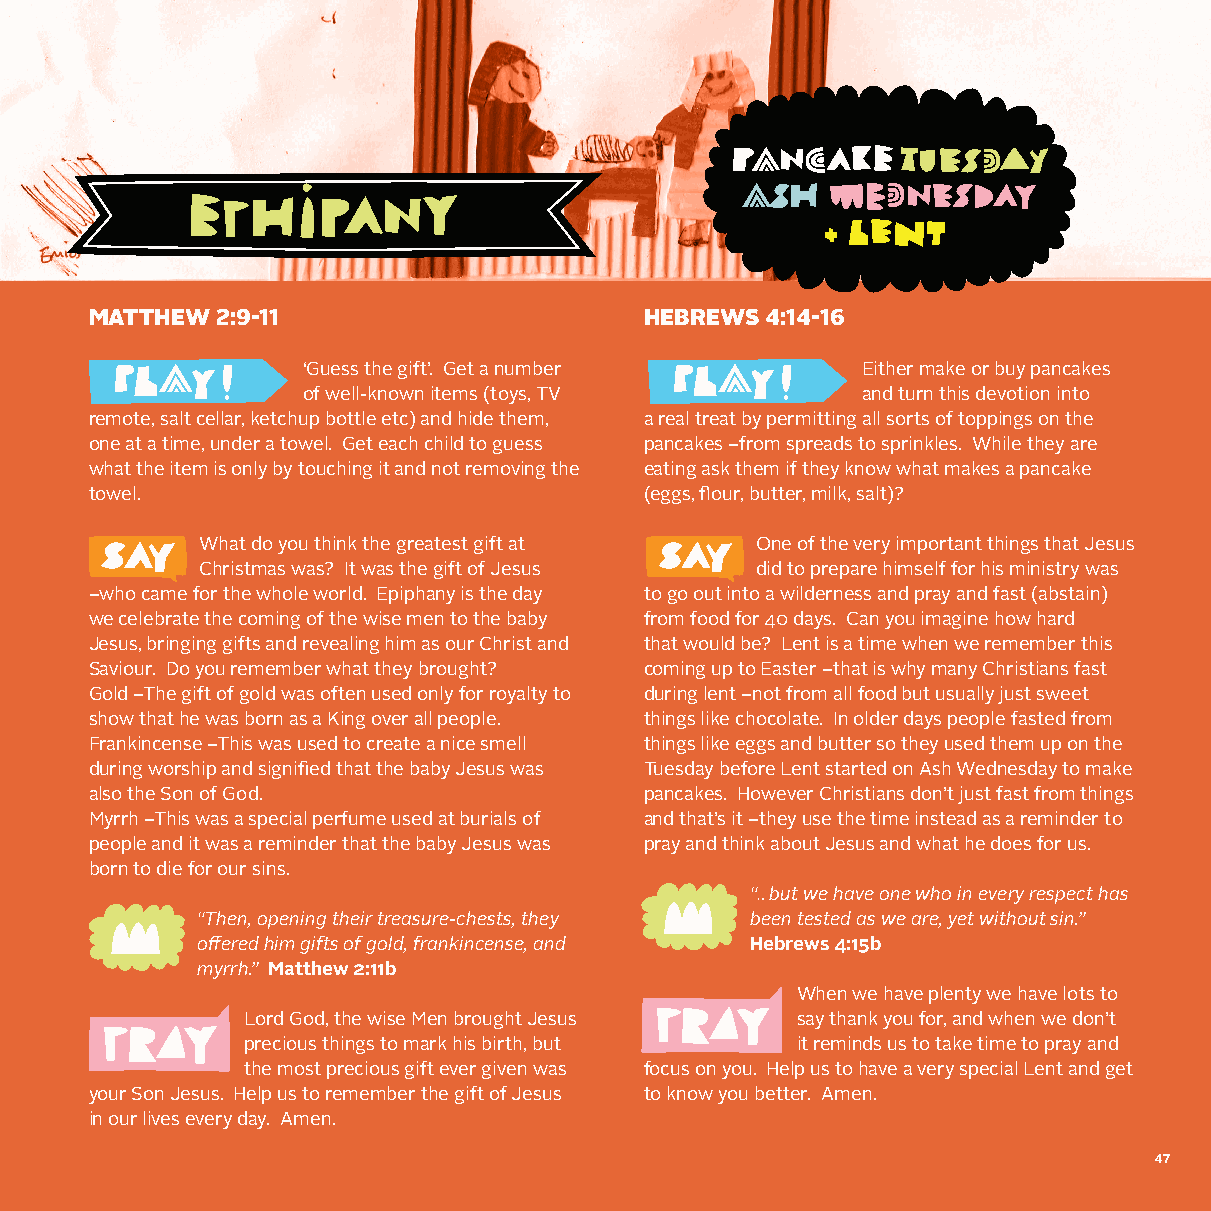
MATTHEW 2:9-11                       HEBREWS 4:14-16
 ‘Guess the gift’. Get a number       Either make or buy pancakes
 of well-known items (toys, TV        and turn this devotion into
 remote, salt cellar, ketchup bottle etc) and hide them, a real treat by permitting all sorts of toppings on the
 one at a time, under a towel. Get each child to guess pancakes –from spreads to sprinkles. While they are
 what the item is only by touching it and not removing the eating ask them if they know what makes a pancake
 towel.                               (eggs, flour, butter, milk, salt)?
 What do you think the greatest gift at One of the very important things that Jesus
 Christmas was? It was the gift of Jesus did to prepare himself for his ministry was
 –who came for the whole world. Epiphany is the day to go out into a wilderness and pray and fast (abstain)
 we celebrate the coming of the wise men to the baby from food for 40 days. Can you imagine how hard
 Jesus, bringing gifts and revealing him as our Christ and that would be? Lent is a time when we remember this
 Saviour. Do you remember what they brought? coming up to Easter –that is why many Christians fast
 Gold –The gift of gold was often used only for royalty to during lent –not from all food but usually just sweet
 show that he was born as a King over all people. things like chocolate. In older days people fasted from
 Frankincense –This was used to create a nice smell things like eggs and butter so they used them up on the
 during worship and signified that the baby Jesus was Tuesday before Lent started on Ash Wednesday to make
 also the Son of God.                 pancakes. However Christians don’t just fast from things
 Myrrh –This was a special perfume used at burials of and that’s it –they use the time instead as a reminder to
 people and it was a reminder that the baby Jesus was pray and think about Jesus and what he does for us.
 born to die for our sins.
 “…but we have one who in every respect has
 “Then, opening their treasure-chests, they been tested as we are, yet without sin.”
 offered him gifts of gold, frankincense, and Hebrews 4:15b
 myrrh.” Matthew 2:11b
 When we have plenty we have lots to
 Lord God, the wise Men brought Jesus say thank you for, and when we don’t
 precious things to mark his birth, but it reminds us to take time to pray and
 the most precious gift ever given was focus on you. Help us to have a very special Lent and get
 your Son Jesus. Help us to remember the gift of Jesus to know you better. Amen.
 in our lives every day. Amen.
 47